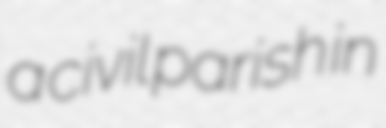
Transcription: a civil parish in